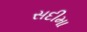
સદીમા